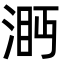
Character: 㴐